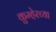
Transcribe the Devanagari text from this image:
कुम्हेरच्या